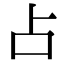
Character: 占